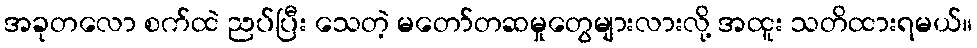
အခုတလော စက်ထဲ ညပ်ပြီး သေတဲ့ မတော်တဆမှုတွေများလားလို့ အထူး သတိထားရမယ်။